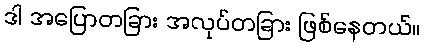
ဒါ အပြောတခြား အလုပ်တခြား ဖြစ်နေတယ်။